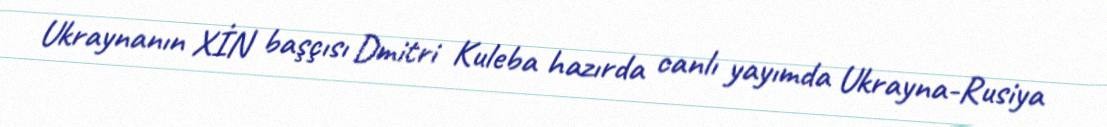
Ukraynanın XİN başçısı Dmitri Kuleba hazırda canlı yayımda Ukrayna-Rusiya